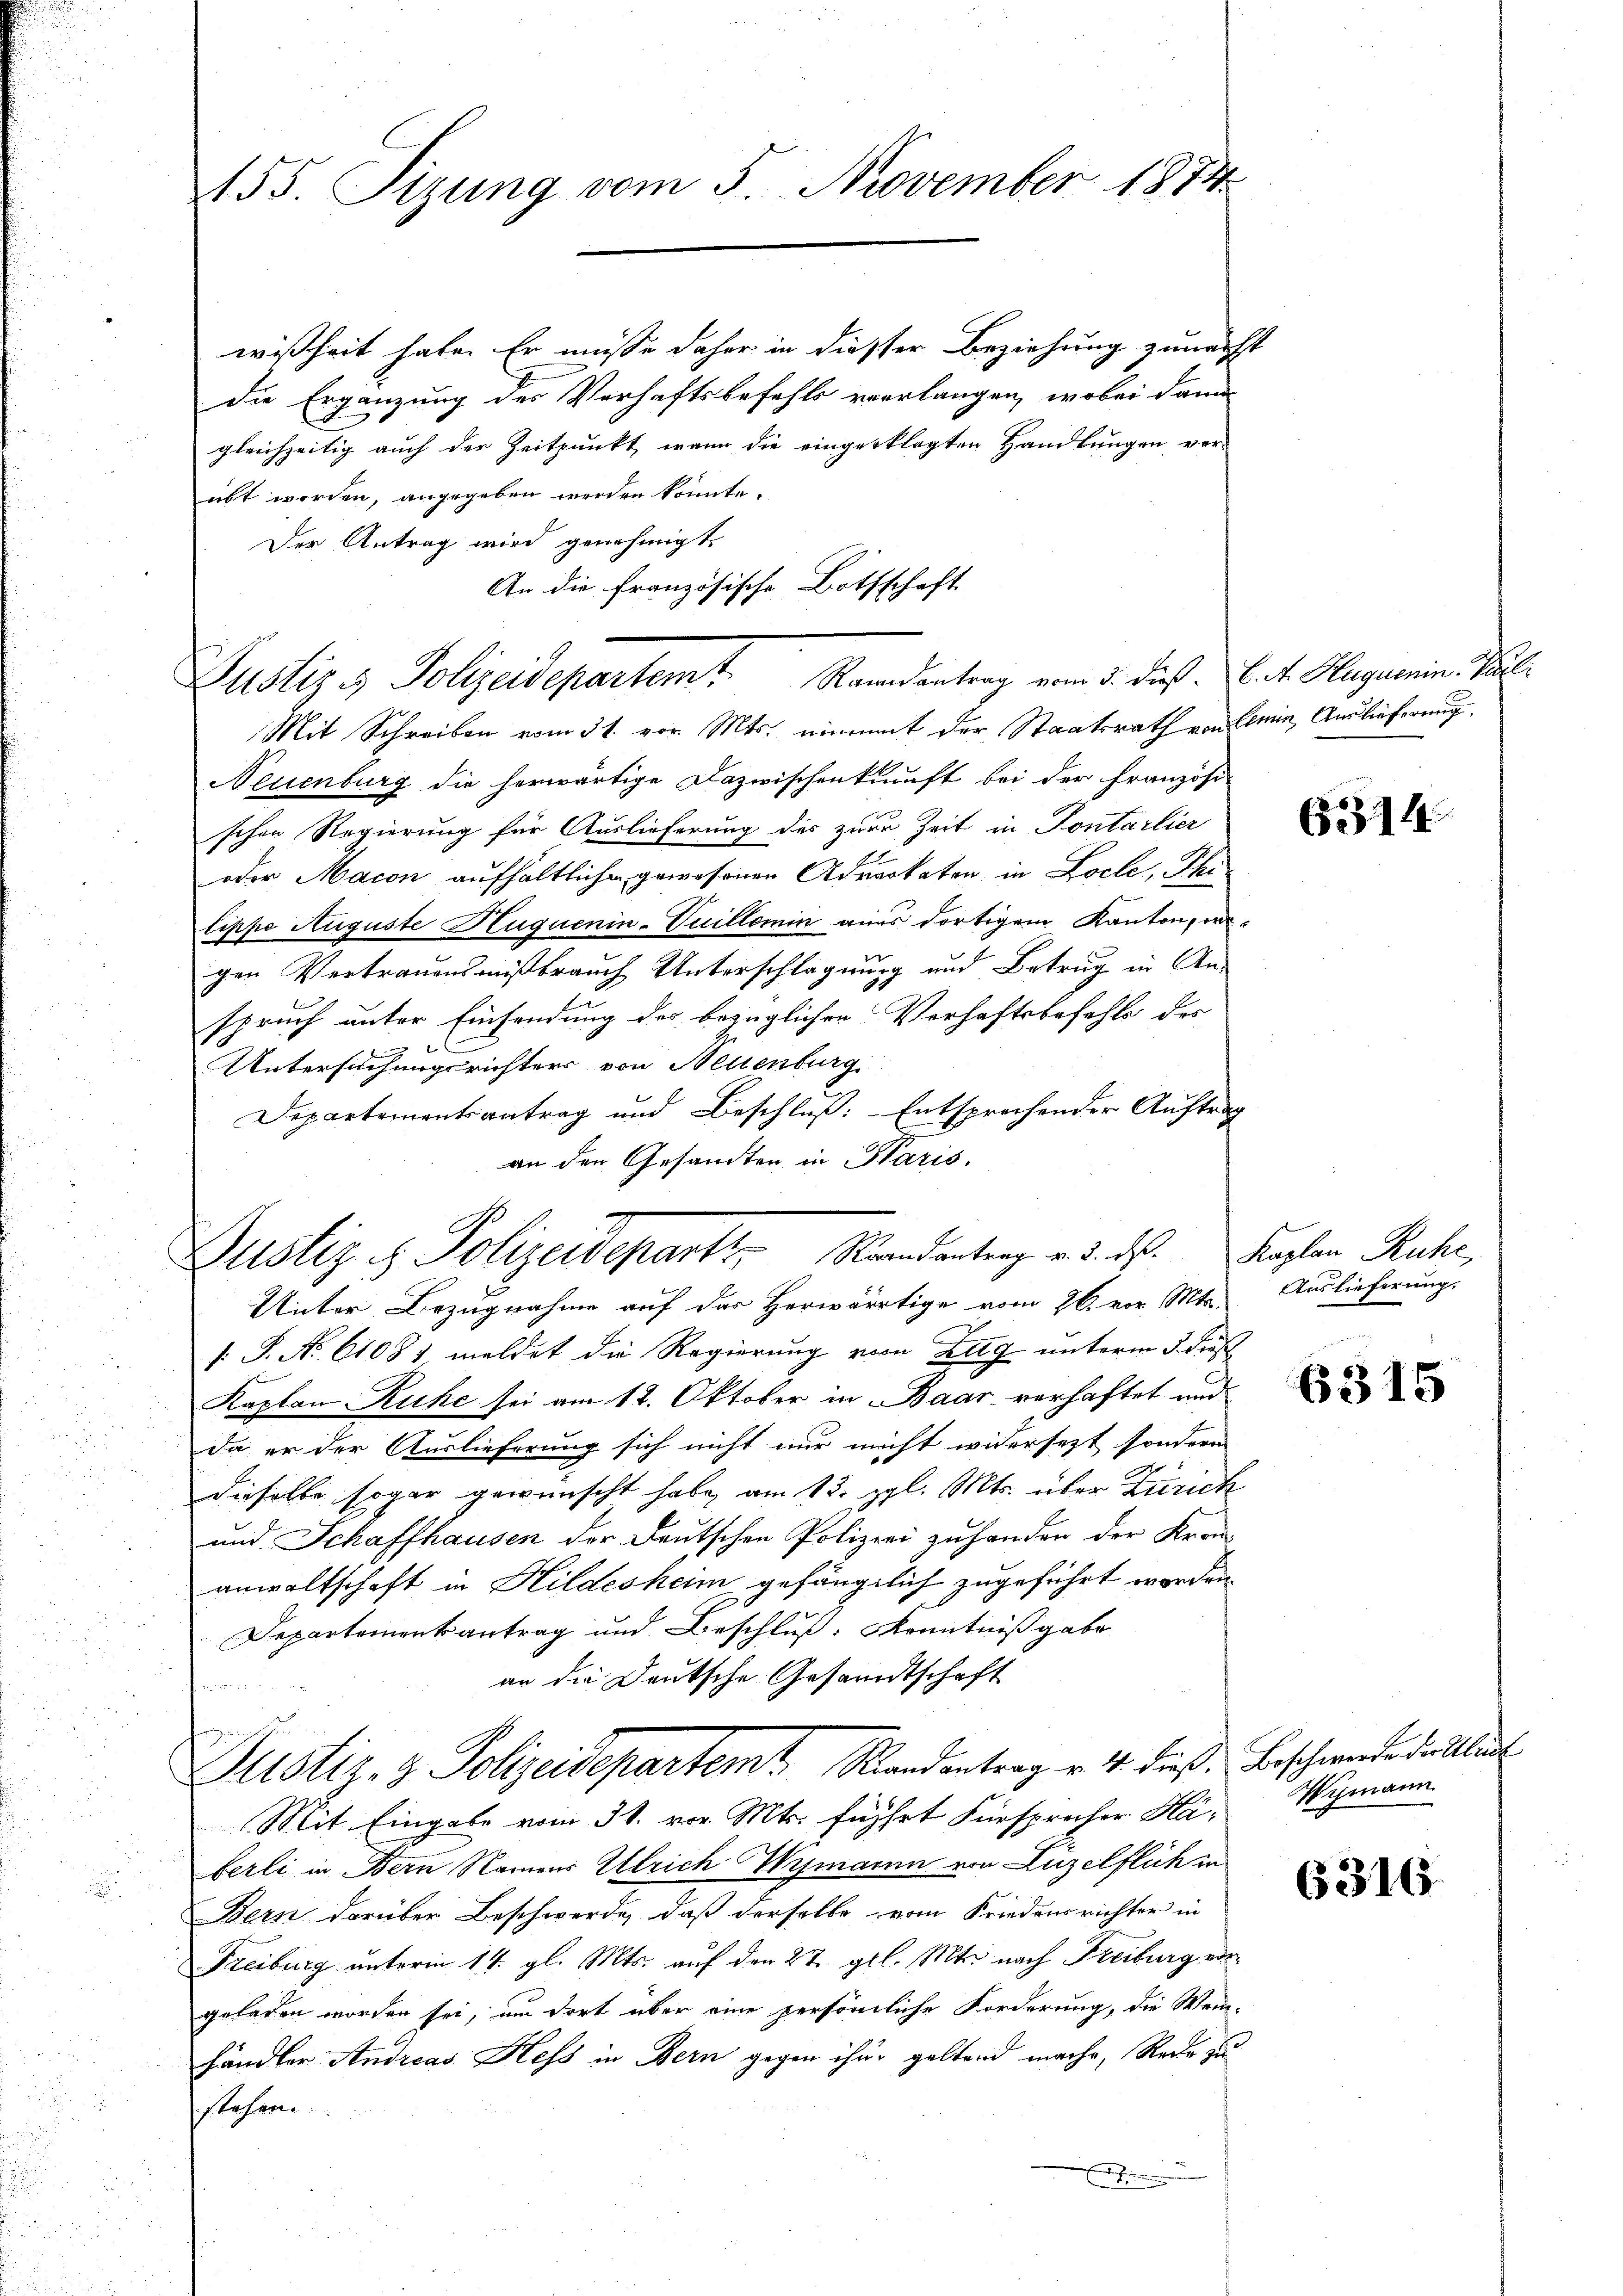
155. Sizung vom 5. November 1874

wißheit habe. Er müsse daher in dieser Beziehung zunächst
die Ergänzung der Verhaftsbefehls verlangen, wobei dann
gleichzeitig auch der Zeitpunkt, wenn die eingerklagten Handlungen ver-
übt worden, angegeben werden könnte.
Der Antrag wird genehmigt.
An die französische Bothschaft
Justiz & Polizeidepartemt. Raandantrag vom 5. dieß. E. v. Hagemein Paul
Mit Schreiben vom 31. vor. Mts. nimmt der Staatsrath von Aemin, Auslieferung
Neuenburg die herwärtige Dazwischenkunft bei der Französi-
schen Regierung für Auslieferung des zur Zeit in Pontarlier
oder Macon aufhältliche gewesenen Adverkaten in Loche, Phitippe Auguste Huquenin-Suillemin aus dortigem Kanton, wegen Vertrauensmißbrauch Unterschlagnung und Betrug in Anspruch unter Einsendung des bezüglichen Verhaftsbefehls des
Untersuchungsrichters von Neuenburg.
Departementsantrag und Beschluß: Entsprochender Auftrag
an den Gesandten in Paris.
Unter Bezugnahme auf der Herwärtige vom 26. vor. Mts.
. P. No 61081 meldet die Regierung vom Zug unterm 5. dies
Kaplan Ruhe sei am 12. Oktober in Baar verhaftet und
da er der Auslieferung sich nicht nur nicht widersezt sondern
dieselbe sogar gewünscht habe, am 12. gl. Mts. über Zürich
und Schaffhausen der Deutschen Polizei zu handen der Kran
anwaltschaft in Hildesheim gefänglich zugeführt worden.
Departementantrag und Beschluß: Kenntnißgabe
an die Deutsche Gesandtschaft

Justiz- & Polizeidepartem Randentrag v. 14. dieß: Beschwerde dortlaut
Mit Eingabe vom 31. vor. Mts. führt Fürsprecher Haberli in Bern Namens Ulrich Wymarnn von Luzelflich in
u
Bern darüber Beschwerde, daß derselbe vom Friedensrichter in
Freiburg unterm 14. gl. Mts. auf den 27. gl. Mts. nach Freiburg vorgeladen worden sei, um dort über eine persönliche Forderung, die Wein-
händler Andreas Hess in Bern gegen ihre geltend mache, Rede zu
sch lehren.
i
.

Justiz & Polizeideparts Standentrag v. 3. ds. Kaplan Ruhe,

6314

Auslieferung.

6315

Wimann

6316